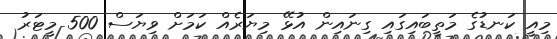
މިއީ ކަނޑުގެ މަތީބައިގައި ގިނައިން އުޅޭ މިޔަރެއް ކަމަށް ވިޔަސް 500 މީޓަރު